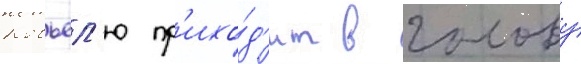
Ковьел'ю пр'ихо́д'ит в голову